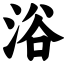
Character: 浴